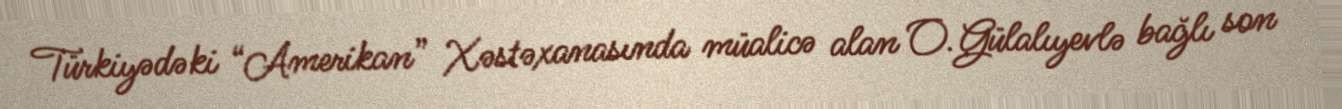
Türkiyədəki “Amerikan” Xəstəxanasında müalicə alan O.Gülalıyevlə bağlı son